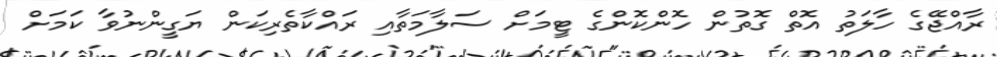
ރާއްޖޭގެ ހާލަތު އޮތް ގޮތުން ހޮންކޮންގެ ޓީމަށް ސަލާމަތާއި ރައްކާތެރިކަން ޔަގީންނުވާ ކަމަށް